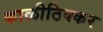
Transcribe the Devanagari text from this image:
काळीठिक्कर